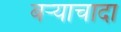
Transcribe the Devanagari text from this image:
बऱ्याचादा